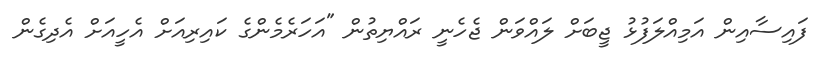
ފައިސާއިން އަމިއްލަފުޅު ޖީބަށް ލައްވަން ޖެހެނީ ރައްޔިތުން "އަހަރެމެންގެ ކައިރިއަށް އެހީއަށް އެދިގެން